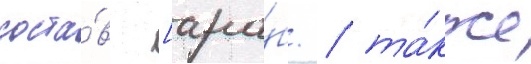
соста́в [ара́б. / та́кже